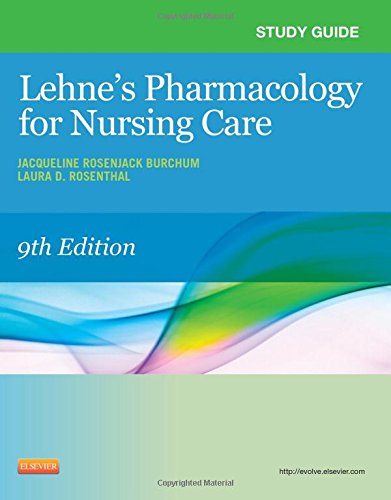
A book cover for Study Guide for Lehne's Pharmacology for Nursing Care, 9e; Jacqueline Burchum DNSc  APRN  BC; Medical Books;